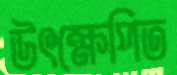
উৎক্ষেপিত